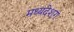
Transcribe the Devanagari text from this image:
मध्यदेशग